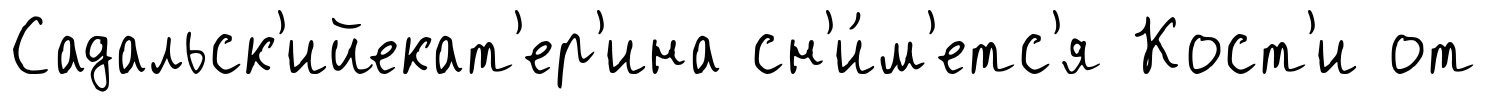
Садальск'ийекат'ер'ина сн'и́м'етс'я Кост'и от